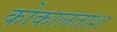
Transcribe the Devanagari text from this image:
कोकालताश